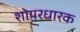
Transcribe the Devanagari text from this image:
शोयरधारक